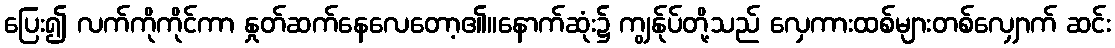
ပြေး၍ လက်ကိုကိုင်ကာ နှုတ်ဆက်နေလေတော့၏။နောက်ဆုံး၌ ကျွန်ုပ်တို့သည် လှေကားထစ်များတစ်လျှောက် ဆင်း